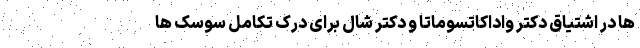
ها در اشتیاق دکتر واداکاتسوماتا و دکتر شال برای درک تکامل سوسک ها